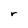
Character: r